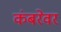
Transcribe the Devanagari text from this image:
कंबरेवर